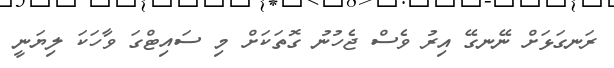
ރަނގަޅަށް ނޭނގޭ އިރު ވެސް ޖެހުނު ގޮތަކަށް މި ސައިޓްގަ ވާހަކަ ލިޔަނީ